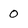
Character: 0